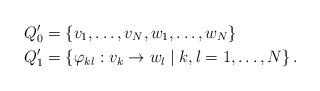
LaTeX: \begin{align*}Q_0'&=\left\{v_1,\ldots,v_N,w_1,\ldots,w_N\right\}\\Q_1'&=\left\{\varphi_{kl}:v_k\to w_l \mid k,l=1,\ldots,N\right\}.\end{align*}